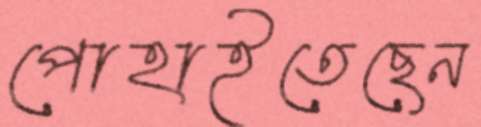
পোহাইতেছেন